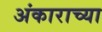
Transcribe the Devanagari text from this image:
अंकाराच्या